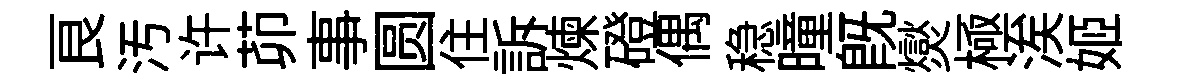
良汚许茆事圆住訴煉磴偶稳曈既爕極涘姬